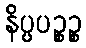
နိပ္ပပဉ္စဉ္စ